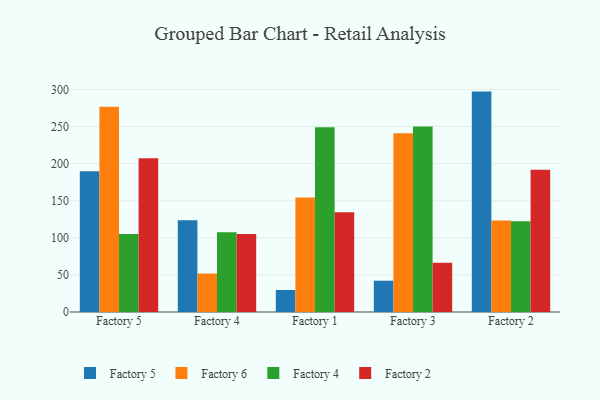
{"axis": {"x": "Factory", "y": "Customer Acquisition Cost (USD)"}, "legend": ["Factory 2", "Factory 4", "Factory 5", "Factory 6"], "data": [{"x": "Factory 5", "y": 189.8, "type": "Factory 5"}, {"x": "Factory 5", "y": 276.8, "type": "Factory 6"}, {"x": "Factory 5", "y": 105.0, "type": "Factory 4"}, {"x": "Factory 5", "y": 207.3, "type": "Factory 2"}, {"x": "Factory 4", "y": 123.6, "type": "Factory 5"}, {"x": "Factory 4", "y": 51.8, "type": "Factory 6"}, {"x": "Factory 4", "y": 107.5, "type": "Factory 4"}, {"x": "Factory 4", "y": 105.1, "type": "Factory 2"}, {"x": "Factory 1", "y": 29.7, "type": "Factory 5"}, {"x": "Factory 1", "y": 154.2, "type": "Factory 6"}, {"x": "Factory 1", "y": 249.0, "type": "Factory 4"}, {"x": "Factory 1", "y": 134.6, "type": "Factory 2"}, {"x": "Factory 3", "y": 42.2, "type": "Factory 5"}, {"x": "Factory 3", "y": 241.0, "type": "Factory 6"}, {"x": "Factory 3", "y": 250.1, "type": "Factory 4"}, {"x": "Factory 3", "y": 66.3, "type": "Factory 2"}, {"x": "Factory 2", "y": 297.1, "type": "Factory 5"}, {"x": "Factory 2", "y": 123.5, "type": "Factory 6"}, {"x": "Factory 2", "y": 122.4, "type": "Factory 4"}, {"x": "Factory 2", "y": 191.8, "type": "Factory 2"}]}